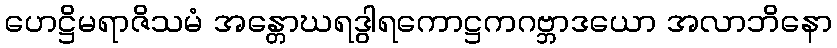
ဟေဋ္ဌိမရာဇိသမံ အန္တောဃရဒွါရကောဋ္ဌကဂဗ္ဘာဒယော အလာဘိနော